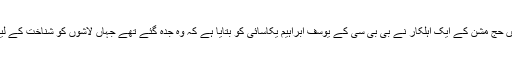
نائجیریا میں حج مشن کے ایک اہلکار نے بی بی سی کے یوسف ابراہیم یکاسائی کو بتایا ہے کہ وہ جدہ گئے تھے جہاں لاشوں کو شناخت کے لیے لایا گیا۔